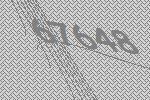
67648